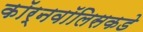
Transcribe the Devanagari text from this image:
कॉर्नवॉलिसकडे